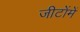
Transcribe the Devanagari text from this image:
जीटोंमें